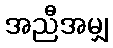
အညီအမျှ